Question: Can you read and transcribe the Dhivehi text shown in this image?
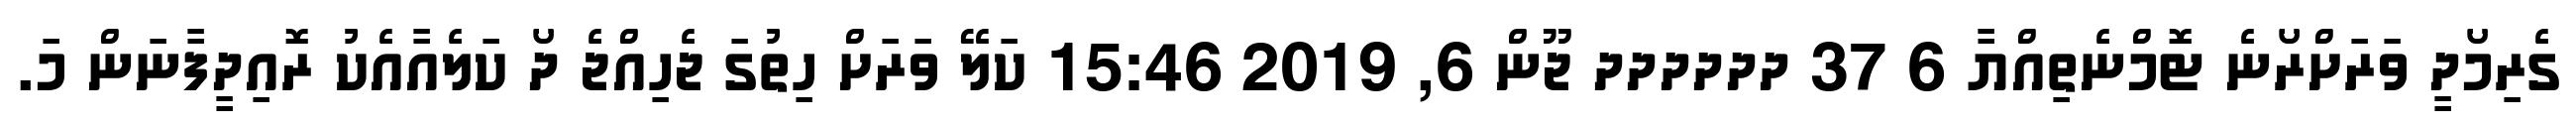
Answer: ގެރިމޯދީ ވަރަށްރޯނެ ޓޮމްނެތިއްޔާ 6 37 ދދދދދދ ޖޫން 6, 2019 15:46 ކަލޭ ވަރަށް ހިތުގަ ޖެހިއްޖެ ދޯ ކަލެއާއެކު ރޮއިދީފާނަން މަ.